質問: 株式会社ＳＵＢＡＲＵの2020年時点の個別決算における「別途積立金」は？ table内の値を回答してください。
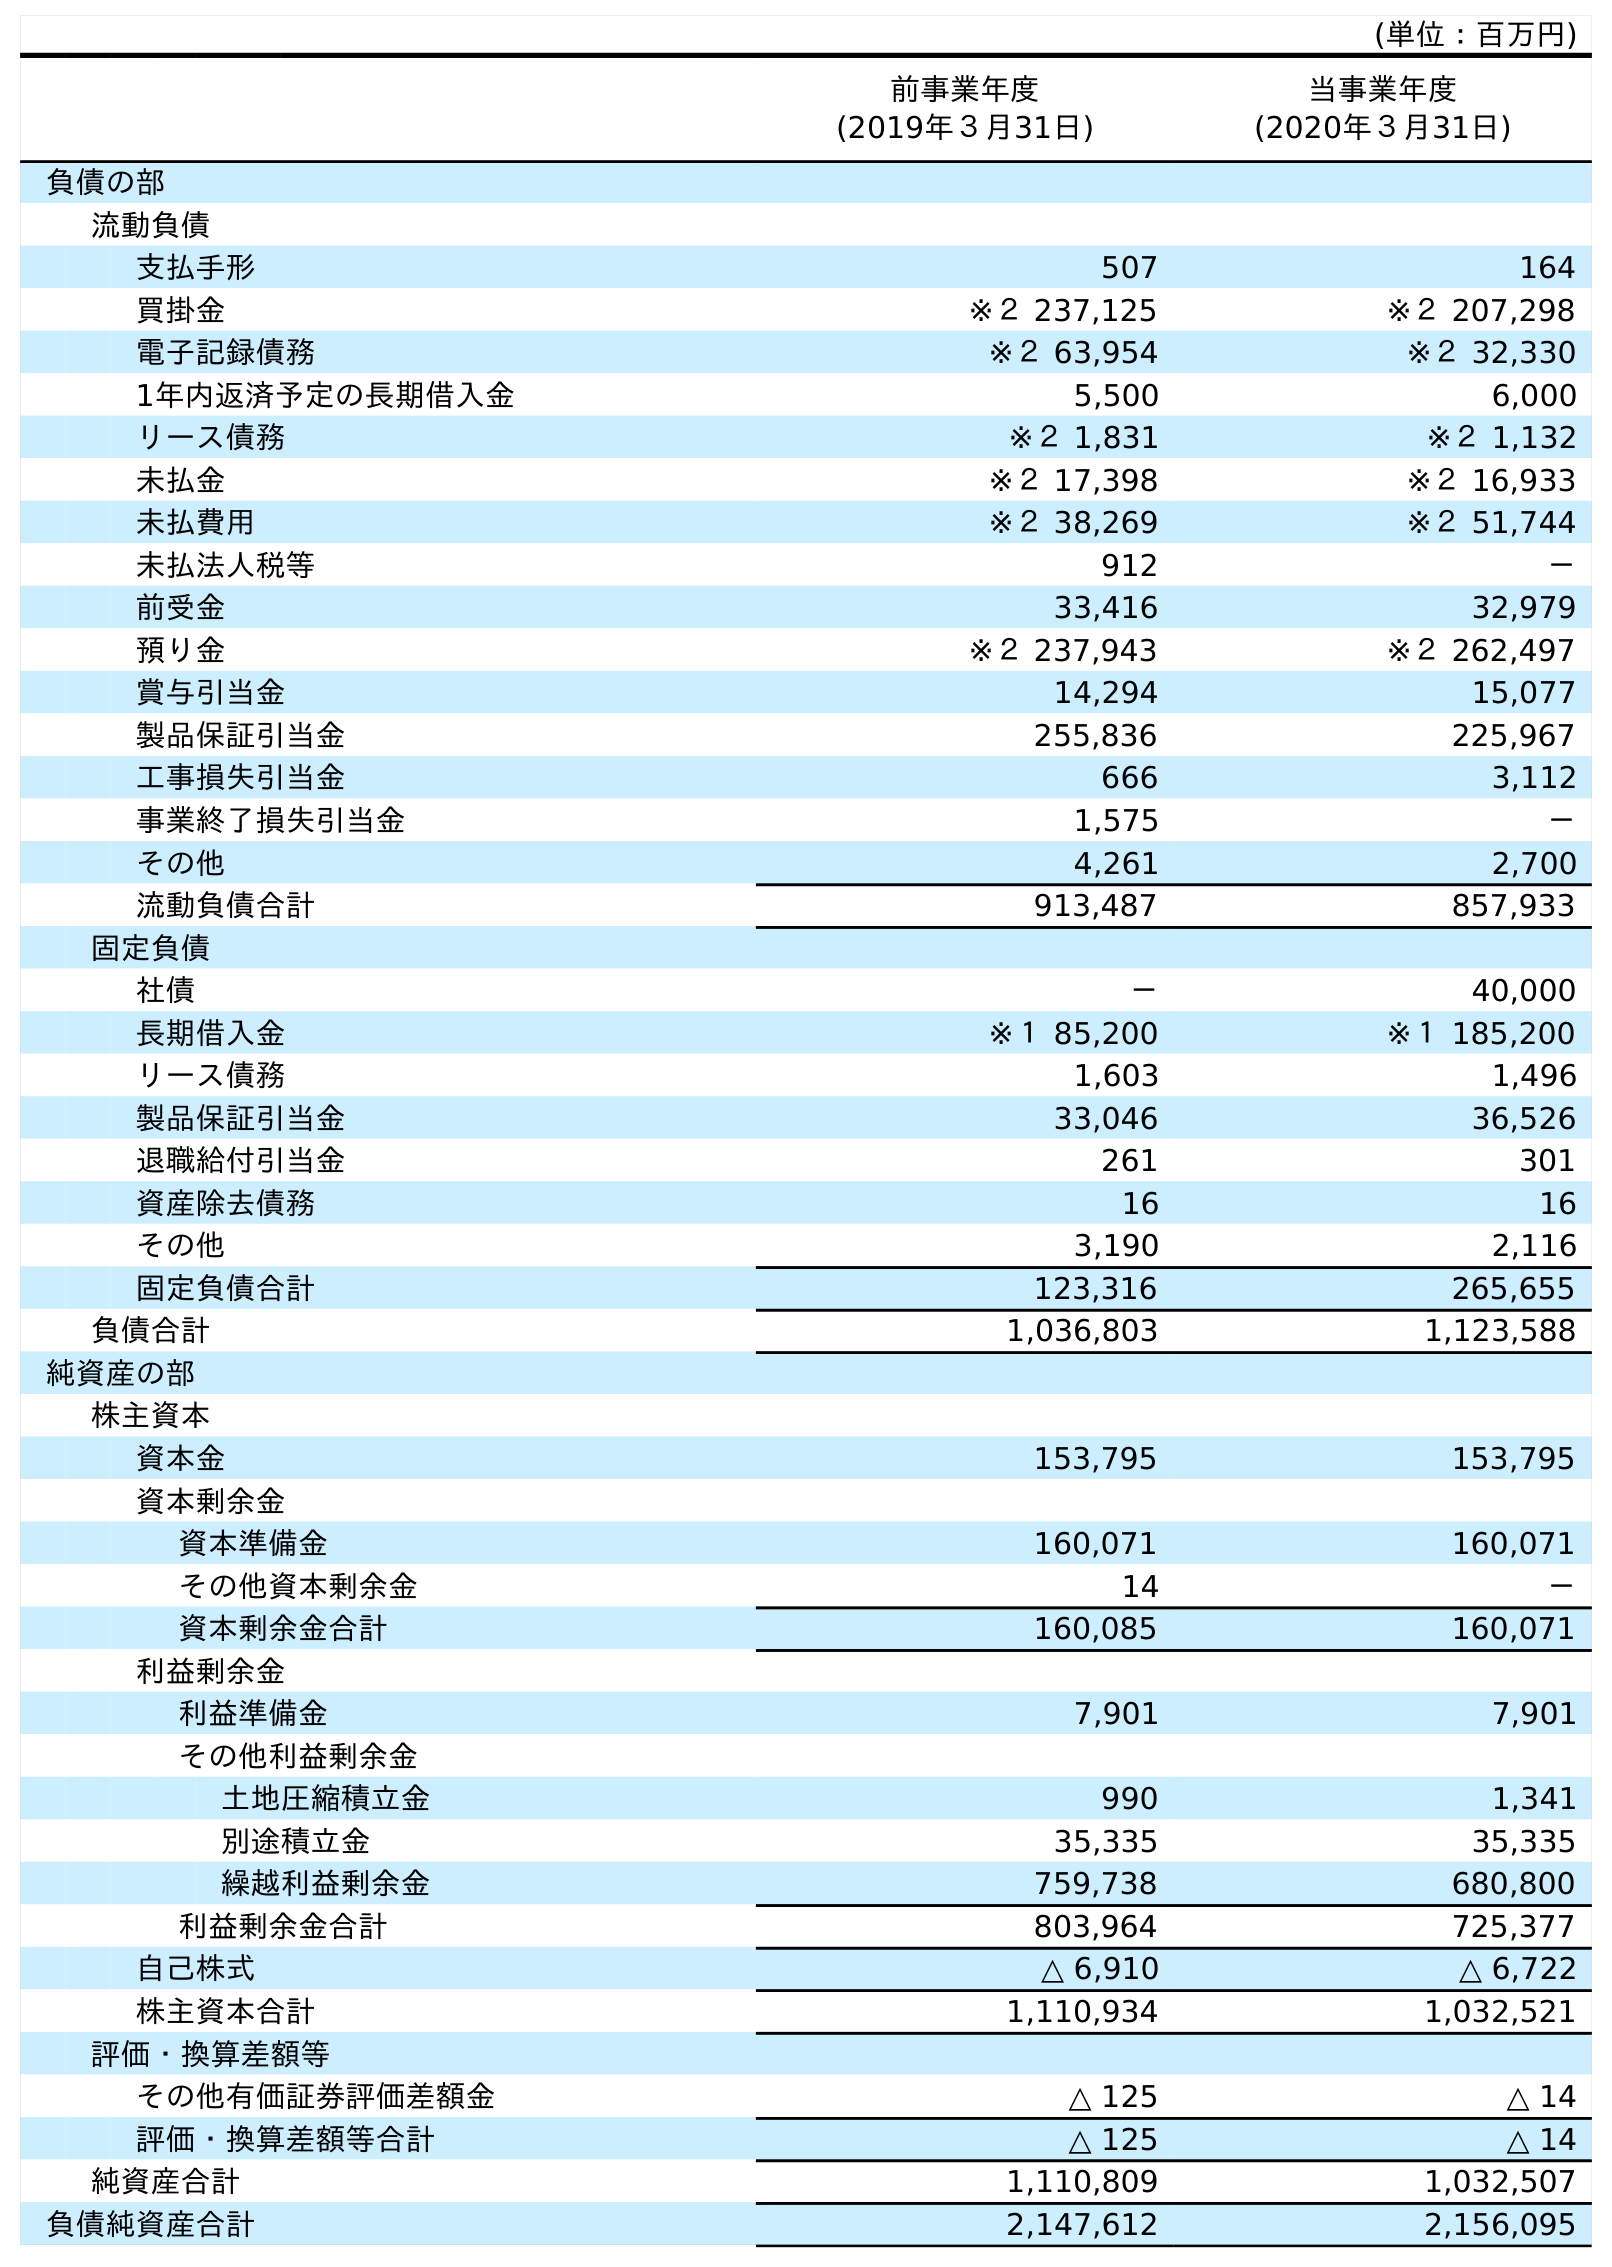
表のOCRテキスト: (単位：百万円) 前事業年度 (2019年３月31日) 当事業年度 (2020年３月31日) 負債の部 流動負債 支払手形 507 164 買掛金 ※２ 237,125 ※２ 207,298 電子記録債務 ※２ 63,954 ※２ 32,330 1年内返済予定の長期借入金 5,500 6,000 リース債務 ※２ 1,831 ※２ 1,132 未払金 ※２ 17,398 ※２ 16,933 未払費用 ※２ 38,269 ※２ 51,744 未払法人税等 912 － 前受金 33,416 32,979 預り金 ※２ 237,943 ※２ 262,497 賞与引当金 14,294 15,077 製品保証引当金 255,836 225,967 工事損失引当金 666 3,112 事業終了損失引当金 1,575 － その他 4,261 2,700 流動負債合計 913,487 857,933 固定負債 社債 － 40,000 長期借入金 ※１ 85,200 ※１ 185,200 リース債務 1,603 1,496 製品保証引当金 33,046 36,526 退職給付引当金 261 301 資産除去債務 16 16 その他 3,190 2,116 固定負債合計 123,316 265,655 負債合計 1,036,803 1,123,588 純資産の部 株主資本 資本金 153,795 153,795 資本剰余金 資本準備金 160,071 160,071 その他資本剰余金 14 － 資本剰余金合計 160,085 160,071 利益剰余金 利益準備金 7,901 7,901 その他利益剰余金 土地圧縮積立金 990 1,341 別途積立金 35,335 35,335 繰越利益剰余金 759,738 680,800 利益剰余金合計 803,964 725,377 自己株式 △ 6,910 △ 6,722 株主資本合計 1,110,934 1,032,521 評価・換算差額等 その他有価証券評価差額金 △ 125 △ 14 評価・換算差額等合計 △ 125 △ 14 純資産合計 1,110,809 1,032,507 負債純資産合計 2,147,612 2,156,095
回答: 35,335